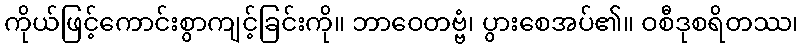
ကိုယ်ဖြင့်ကောင်းစွာကျင့်ခြင်းကို။ ဘာဝေတဗ္ဗံ၊ ပွားစေအပ်၏။ ဝစီဒုစရိတဿ၊